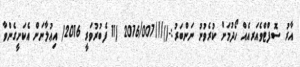
އާރު ސޮފްޓްވެއަރއެއް ހޯދުމަށް ކުރެވުނު ނަންބަރު:-()///2016/007 (11 ފެބުރުވަރީ 2016) އިޢުލާނަށް އެކަށީގެންވާ